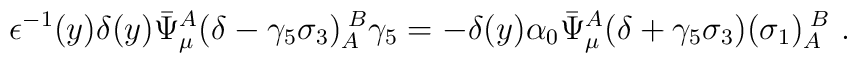
\epsilon^{-1}(y) \delta(y) \bar{\Psi}_\mu^A(\delta-\gamma_5\sigma_3)_A^{\;B}\gamma_5=-\delta(y)\alpha_{0}\bar{\Psi}_\mu^A(\delta+\gamma_{5}\sigma_3)(\sigma_1)_A^{\;B}\ .